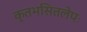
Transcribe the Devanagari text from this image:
कृतभसितलेपः